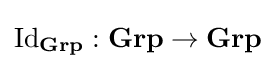
{\text{Id}}_{\textbf {Grp}}:{\textbf {Grp}}\to {\textbf {Grp}}